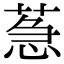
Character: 𦳌